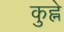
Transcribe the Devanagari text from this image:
कुह्ने